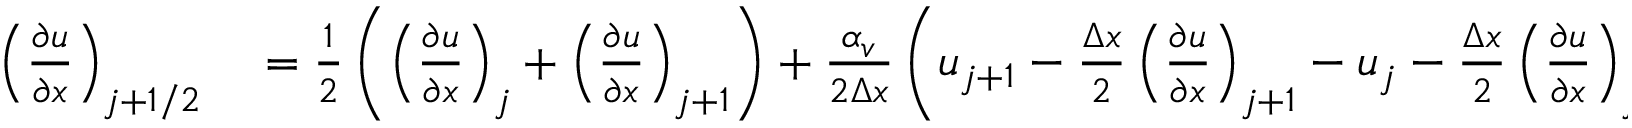
\begin{array} { r l } { \left( \frac { \partial u } { \partial x } \right) _ { j + 1 / 2 } } & { { } = \frac { 1 } { 2 } \left( \left( \frac { \partial u } { \partial x } \right) _ { j } + \left( \frac { \partial u } { \partial x } \right) _ { j + 1 } \right) + \frac { \alpha _ { v } } { 2 \Delta x } \left( u _ { j + 1 } - \frac { \Delta x } { 2 } \left( \frac { \partial u } { \partial x } \right) _ { j + 1 } - u _ { j } - \frac { \Delta x } { 2 } \left( \frac { \partial u } { \partial x } \right) _ { j } \right) , } \end{array}